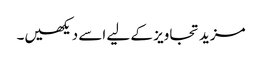
مزید تجاویز کے لیے اسے دیکھیں۔